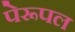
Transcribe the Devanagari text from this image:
पेरूपल